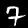
Digit: 7